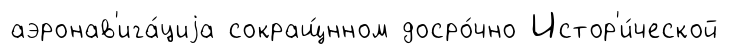
аэронав'ига́циjа сокращ́нном досро́чно Истор'и́ческой